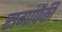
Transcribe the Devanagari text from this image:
रागांपैकी